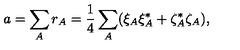
a = \sum _ { A } r _ { A } = { \frac { 1 } { 4 } } \sum _ { A } ( \xi _ { A } \xi _ { A } ^ { * } + \zeta _ { A } ^ { * } \zeta _ { A } ) ,